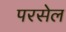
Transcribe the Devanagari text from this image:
परसेल